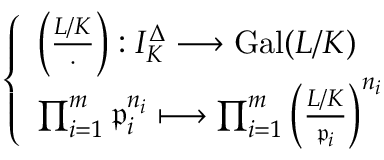
{ \left\{ \begin{array} { l l } { \left( { \frac { L / K } { \cdot } } \right) : I _ { K } ^ { \Delta } \longrightarrow \operatorname { G a l } ( L / K ) } \\ { \prod _ { i = 1 } ^ { m } { \mathfrak { p } } _ { i } ^ { n _ { i } } \longmapsto \prod _ { i = 1 } ^ { m } \left( { \frac { L / K } { { \mathfrak { p } } _ { i } } } \right) ^ { n _ { i } } } \end{array} \right. }